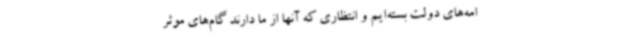
امه‌های دولت بسته‌ایم و انتظاری که آنها از ما دارند گام‌های موثر